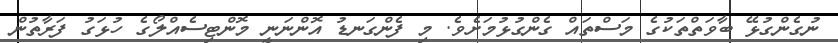
ނުގެންގުޅޭ ބާވަތްތަކުގެ މަސްތައް ގެންގުޅުމަށެވެ. މި ފެންގަނޑު އޮންނަނީ މޮންޓިސެއްލޯގެ ހުޅަގު ފަރާތުން